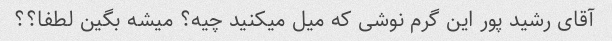
آقای رشید پور این گرم نوشی که میل میکنید چیه؟ میشه بگین لطفا؟؟